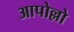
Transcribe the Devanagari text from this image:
आपोल्लो